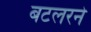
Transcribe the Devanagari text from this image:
बटलरने